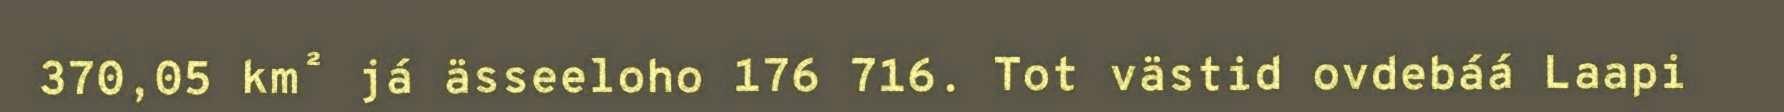
370,05 km² já ässeeloho 176 716. Tot västid ovdebáá Laapi